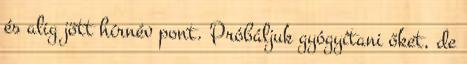
és alig jött hírnév pont. Próbáljuk gyógyítani őket, de